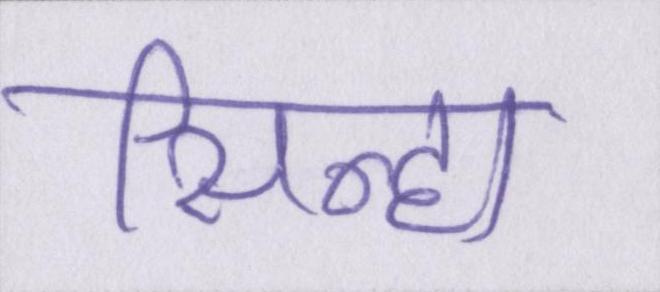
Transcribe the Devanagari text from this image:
सिन्हा